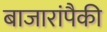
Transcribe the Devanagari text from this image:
बाजारांपैकी